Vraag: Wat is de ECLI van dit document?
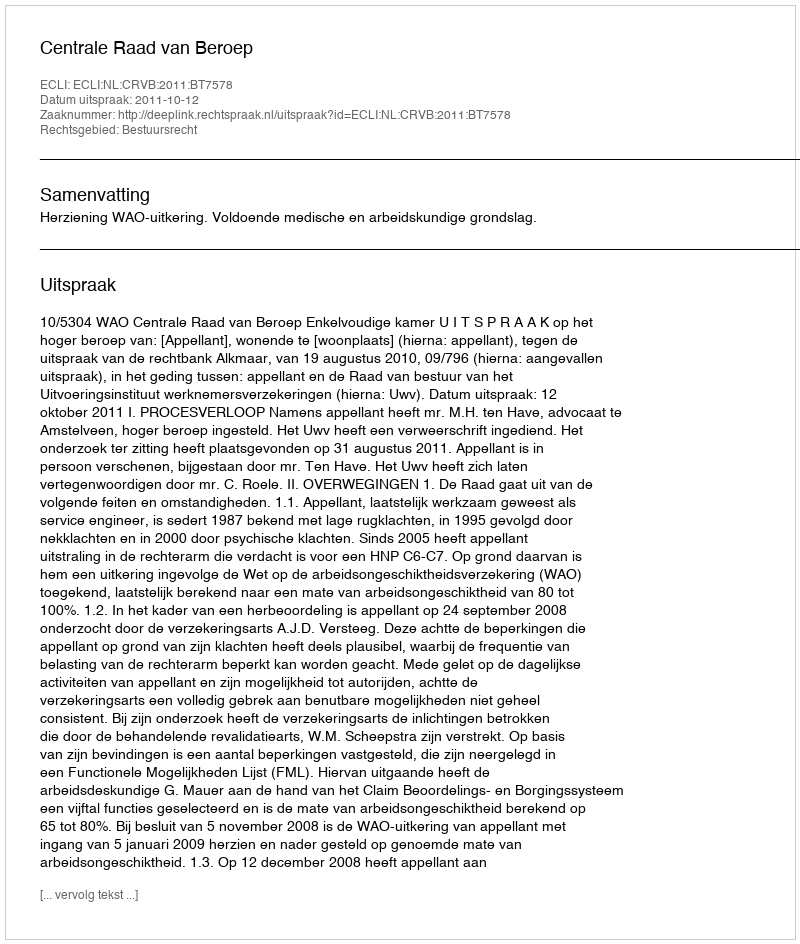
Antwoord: ECLI:NL:CRVB:2011:BT7578